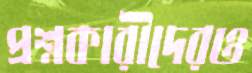
প্রশ্নকারীদেরও